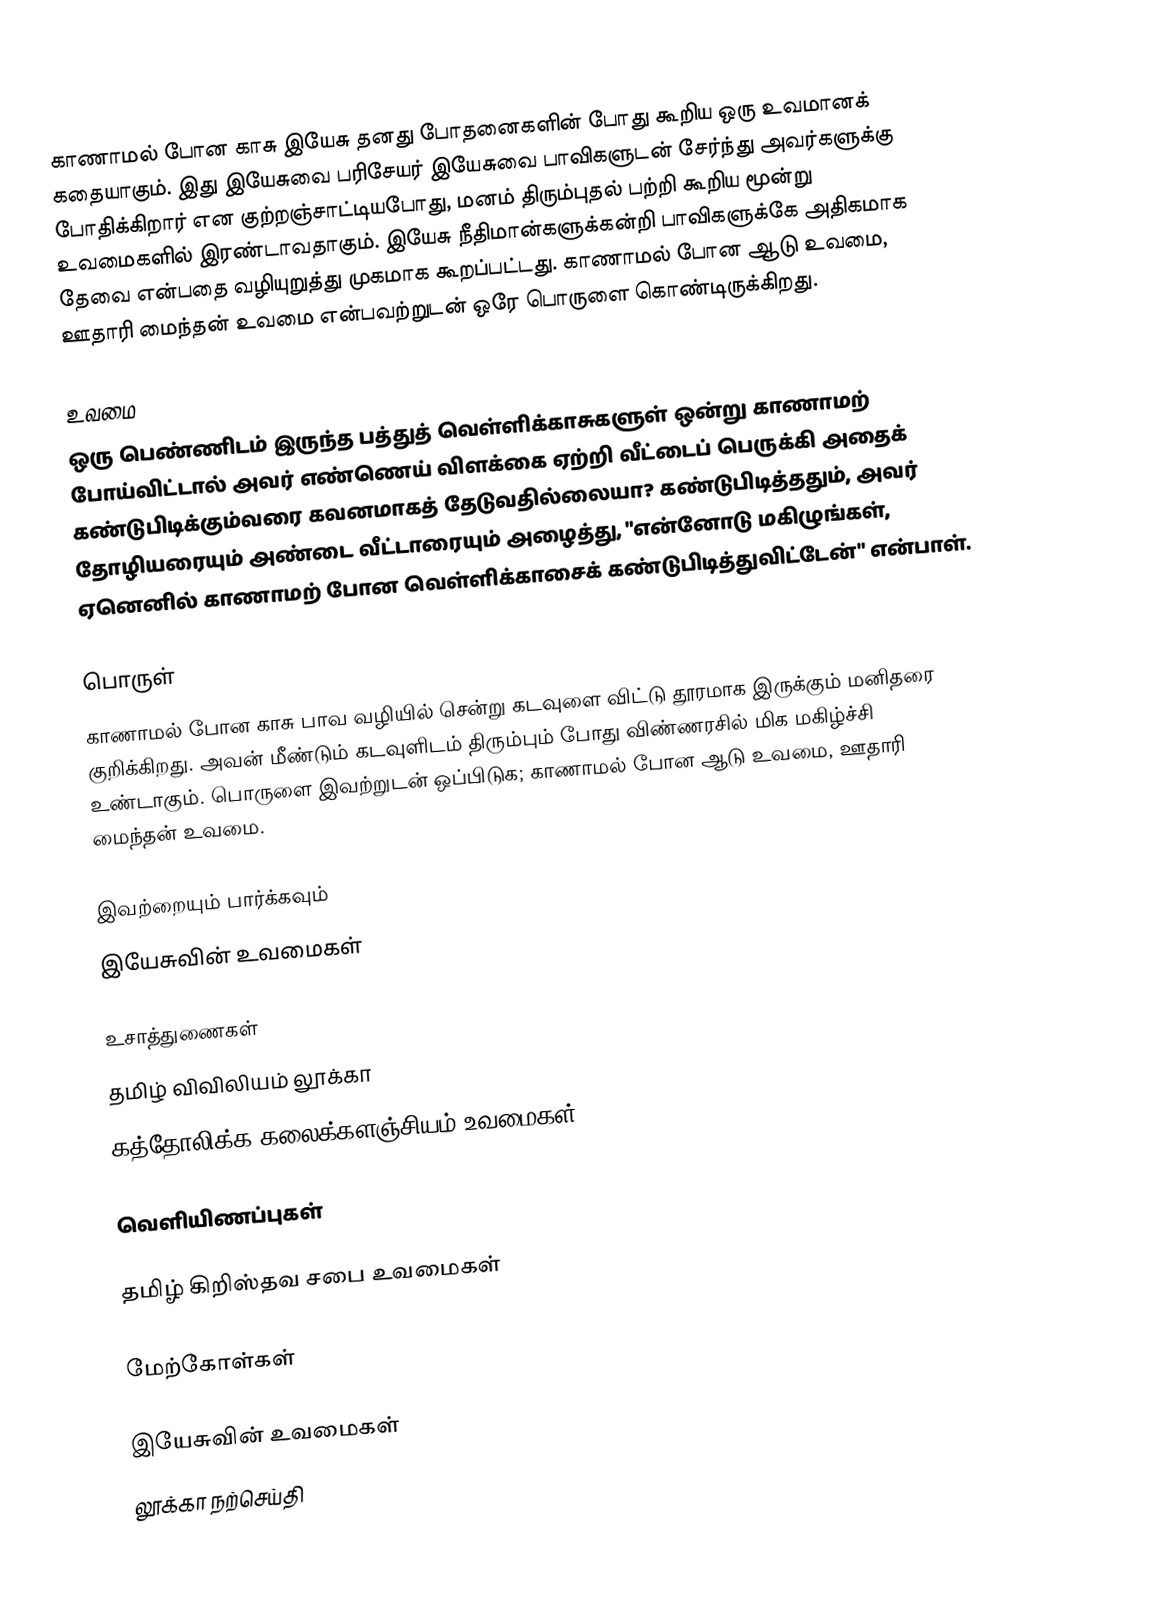
காணாமல் போன காசு இயேசு தனது போதனைகளின் போது கூறிய ஒரு உவமானக் கதையாகும். இது இயேசுவை பரிசேயர் இயேசுவை பாவிகளுடன் சேர்ந்து அவர்களுக்கு போதிக்கிறார் என குற்றஞ்சாட்டியபோது, மனம் திரும்புதல் பற்றி கூறிய மூன்று உவமைகளில் இரண்டாவதாகும். இயேசு நீதிமான்களுக்கன்றி பாவிகளுக்கே அதிகமாக தேவை என்பதை வழியுறுத்து முகமாக கூறப்பட்டது. காணாமல் போன ஆடு உவமை, ஊதாரி மைந்தன் உவமை என்பவற்றுடன் ஒரே பொருளை கொண்டிருக்கிறது.

உவமை
ஒரு பெண்ணிடம் இருந்த பத்துத் வெள்ளிக்காசுகளுள் ஒன்று காணாமற் போய்விட்டால் அவர் எண்ணெய் விளக்கை ஏற்றி வீட்டைப் பெருக்கி அதைக் கண்டுபிடிக்கும்வரை கவனமாகத் தேடுவதில்லையா? கண்டுபிடித்ததும், அவர் தோழியரையும் அண்டை வீட்டாரையும் அழைத்து, "என்னோடு மகிழுங்கள், ஏனெனில் காணாமற் போன வெள்ளிக்காசைக் கண்டுபிடித்துவிட்டேன்" என்பாள்.

பொருள்
காணாமல் போன காசு பாவ வழியில் சென்று கடவுளை விட்டு தூரமாக இருக்கும் மனிதரை குறிக்கிறது. அவன் மீண்டும் கடவுளிடம் திரும்பும் போது விண்ணரசில் மிக மகிழ்ச்சி உண்டாகும். பொருளை இவற்றுடன் ஒப்பிடுக; காணாமல் போன ஆடு உவமை, ஊதாரி மைந்தன் உவமை.

இவற்றையும் பார்க்கவும்
 இயேசுவின் உவமைகள்

உசாத்துணைகள்
 தமிழ் விவிலியம் லூக்கா
 கத்தோலிக்க கலைக்களஞ்சியம் உவமைகள்

வெளியிணப்புகள்

 தமிழ் கிறிஸ்தவ சபை  உவமைகள்

மேற்கோள்கள்

இயேசுவின் உவமைகள்
லூக்கா நற்செய்தி